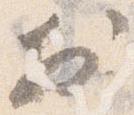
於